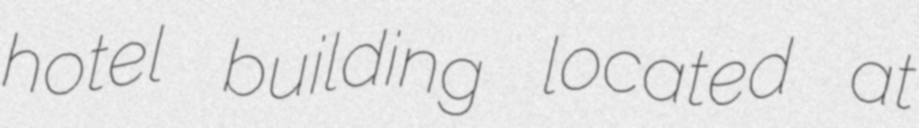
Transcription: hotel building located at